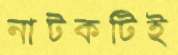
নাটকটিই